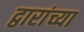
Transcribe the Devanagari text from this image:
द्वारांच्या